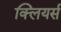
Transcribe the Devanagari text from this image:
क्लियर्स